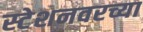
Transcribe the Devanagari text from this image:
स्टेशनवरच्या